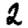
Digit: 2